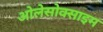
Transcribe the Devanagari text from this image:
ओलेसोक्साइम